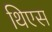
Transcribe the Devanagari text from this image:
थिएस